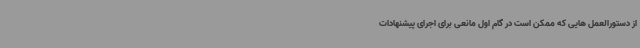
از دستورالعمل هایی که ممکن است در گام اول مانعی برای اجرای پیشنهادات